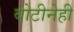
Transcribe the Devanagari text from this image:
बोटीनेही